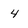
Character: 4